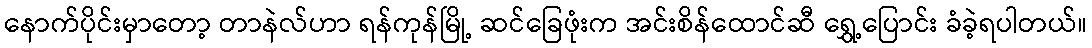
နောက်ပိုင်းမှာတော့ တာနဲလ်ဟာ ရန်ကုန်မြို့ ဆင်ခြေဖုံးက အင်းစိန်ထောင်ဆီ ရွှေ့ပြောင်း ခံခဲ့ရပါတယ်။